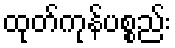
ထုတ်ကုန်ပစ္စည်း